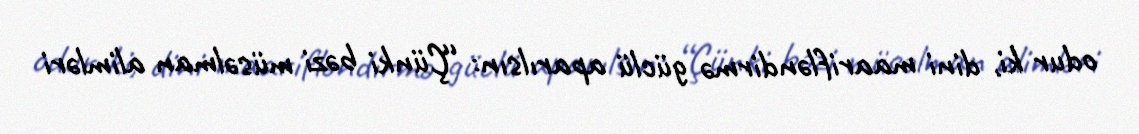
odur ki, dini maarifləndirmə güclü aparılsın: “Çünki bəzi müsəlman alimləri